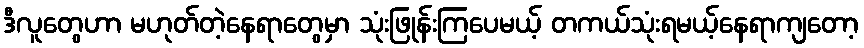
ဒီလူတွေဟာ မဟုတ်တဲ့နေရာတွေမှာ သုံးဖြုန်းကြပေမယ့် တကယ်သုံးရမယ့်နေရာကျတော့